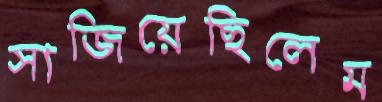
সাজিয়েছিলেম